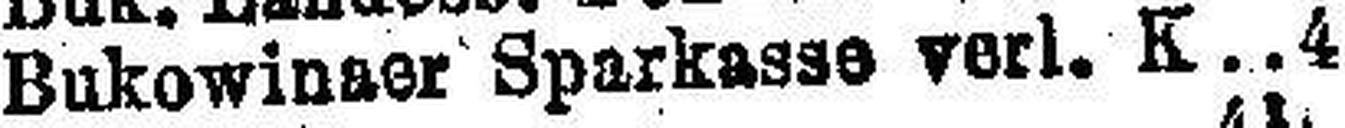
Bukowinser Sparkasse verl. K. 4